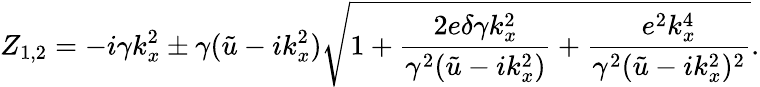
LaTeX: Z_{1,2}=-i\gamma k_{x}^{2}\pm\gamma(\tilde{u}-ik_{x}^{2})\sqrt{1+\frac{2e\delta\gamma k_{x}^{2}}{\gamma^{2}(\tilde{u}-ik_{x}^{2})}+\frac{e^{2}k_{x}^{4}}{\gamma^{2}(\tilde{u}-ik_{x}^{2})^{2}}}.